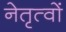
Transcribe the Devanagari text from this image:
नेतृत्वों